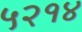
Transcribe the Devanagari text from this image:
५२१४